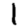
Digit: 1